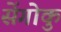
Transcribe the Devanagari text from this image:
सेंगोकु